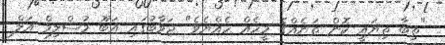
"ތިބާ ތިޔައީ ކޮން ތަނެއްގެ މީހެއް ހެއްޔެވެ" ޖަވާބުގައި އަބޫ މުސްލިމް އަލް